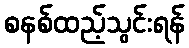
စနစ်ထည့်သွင်းရန်